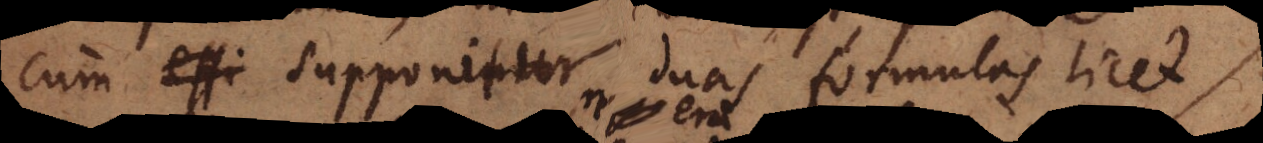
cum essi supponitur duas formulas licet